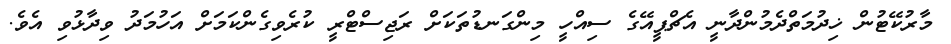
މާރުކޭޓުން ޚިދުމަތްދެމުންދާނީ އެޗްޕީއޭގެ ސިއްހީ މިންގަނޑުތަކަށް ރަޖިސްޓްރީ ކުރެވިގެންކަމަށް އަހުމަދު ވިދާޅުވި އެވެ.